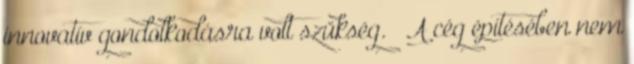
innovatív gondolkodásra volt szükség. — A cég építésében nem